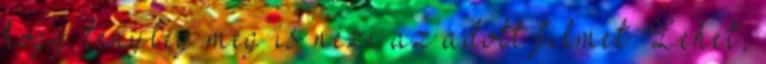
hogy tényleg meg is nézi az adott filmet. Lehet,